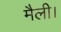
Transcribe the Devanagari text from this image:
मैली।